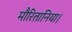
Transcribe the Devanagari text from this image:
मौरितानिया।